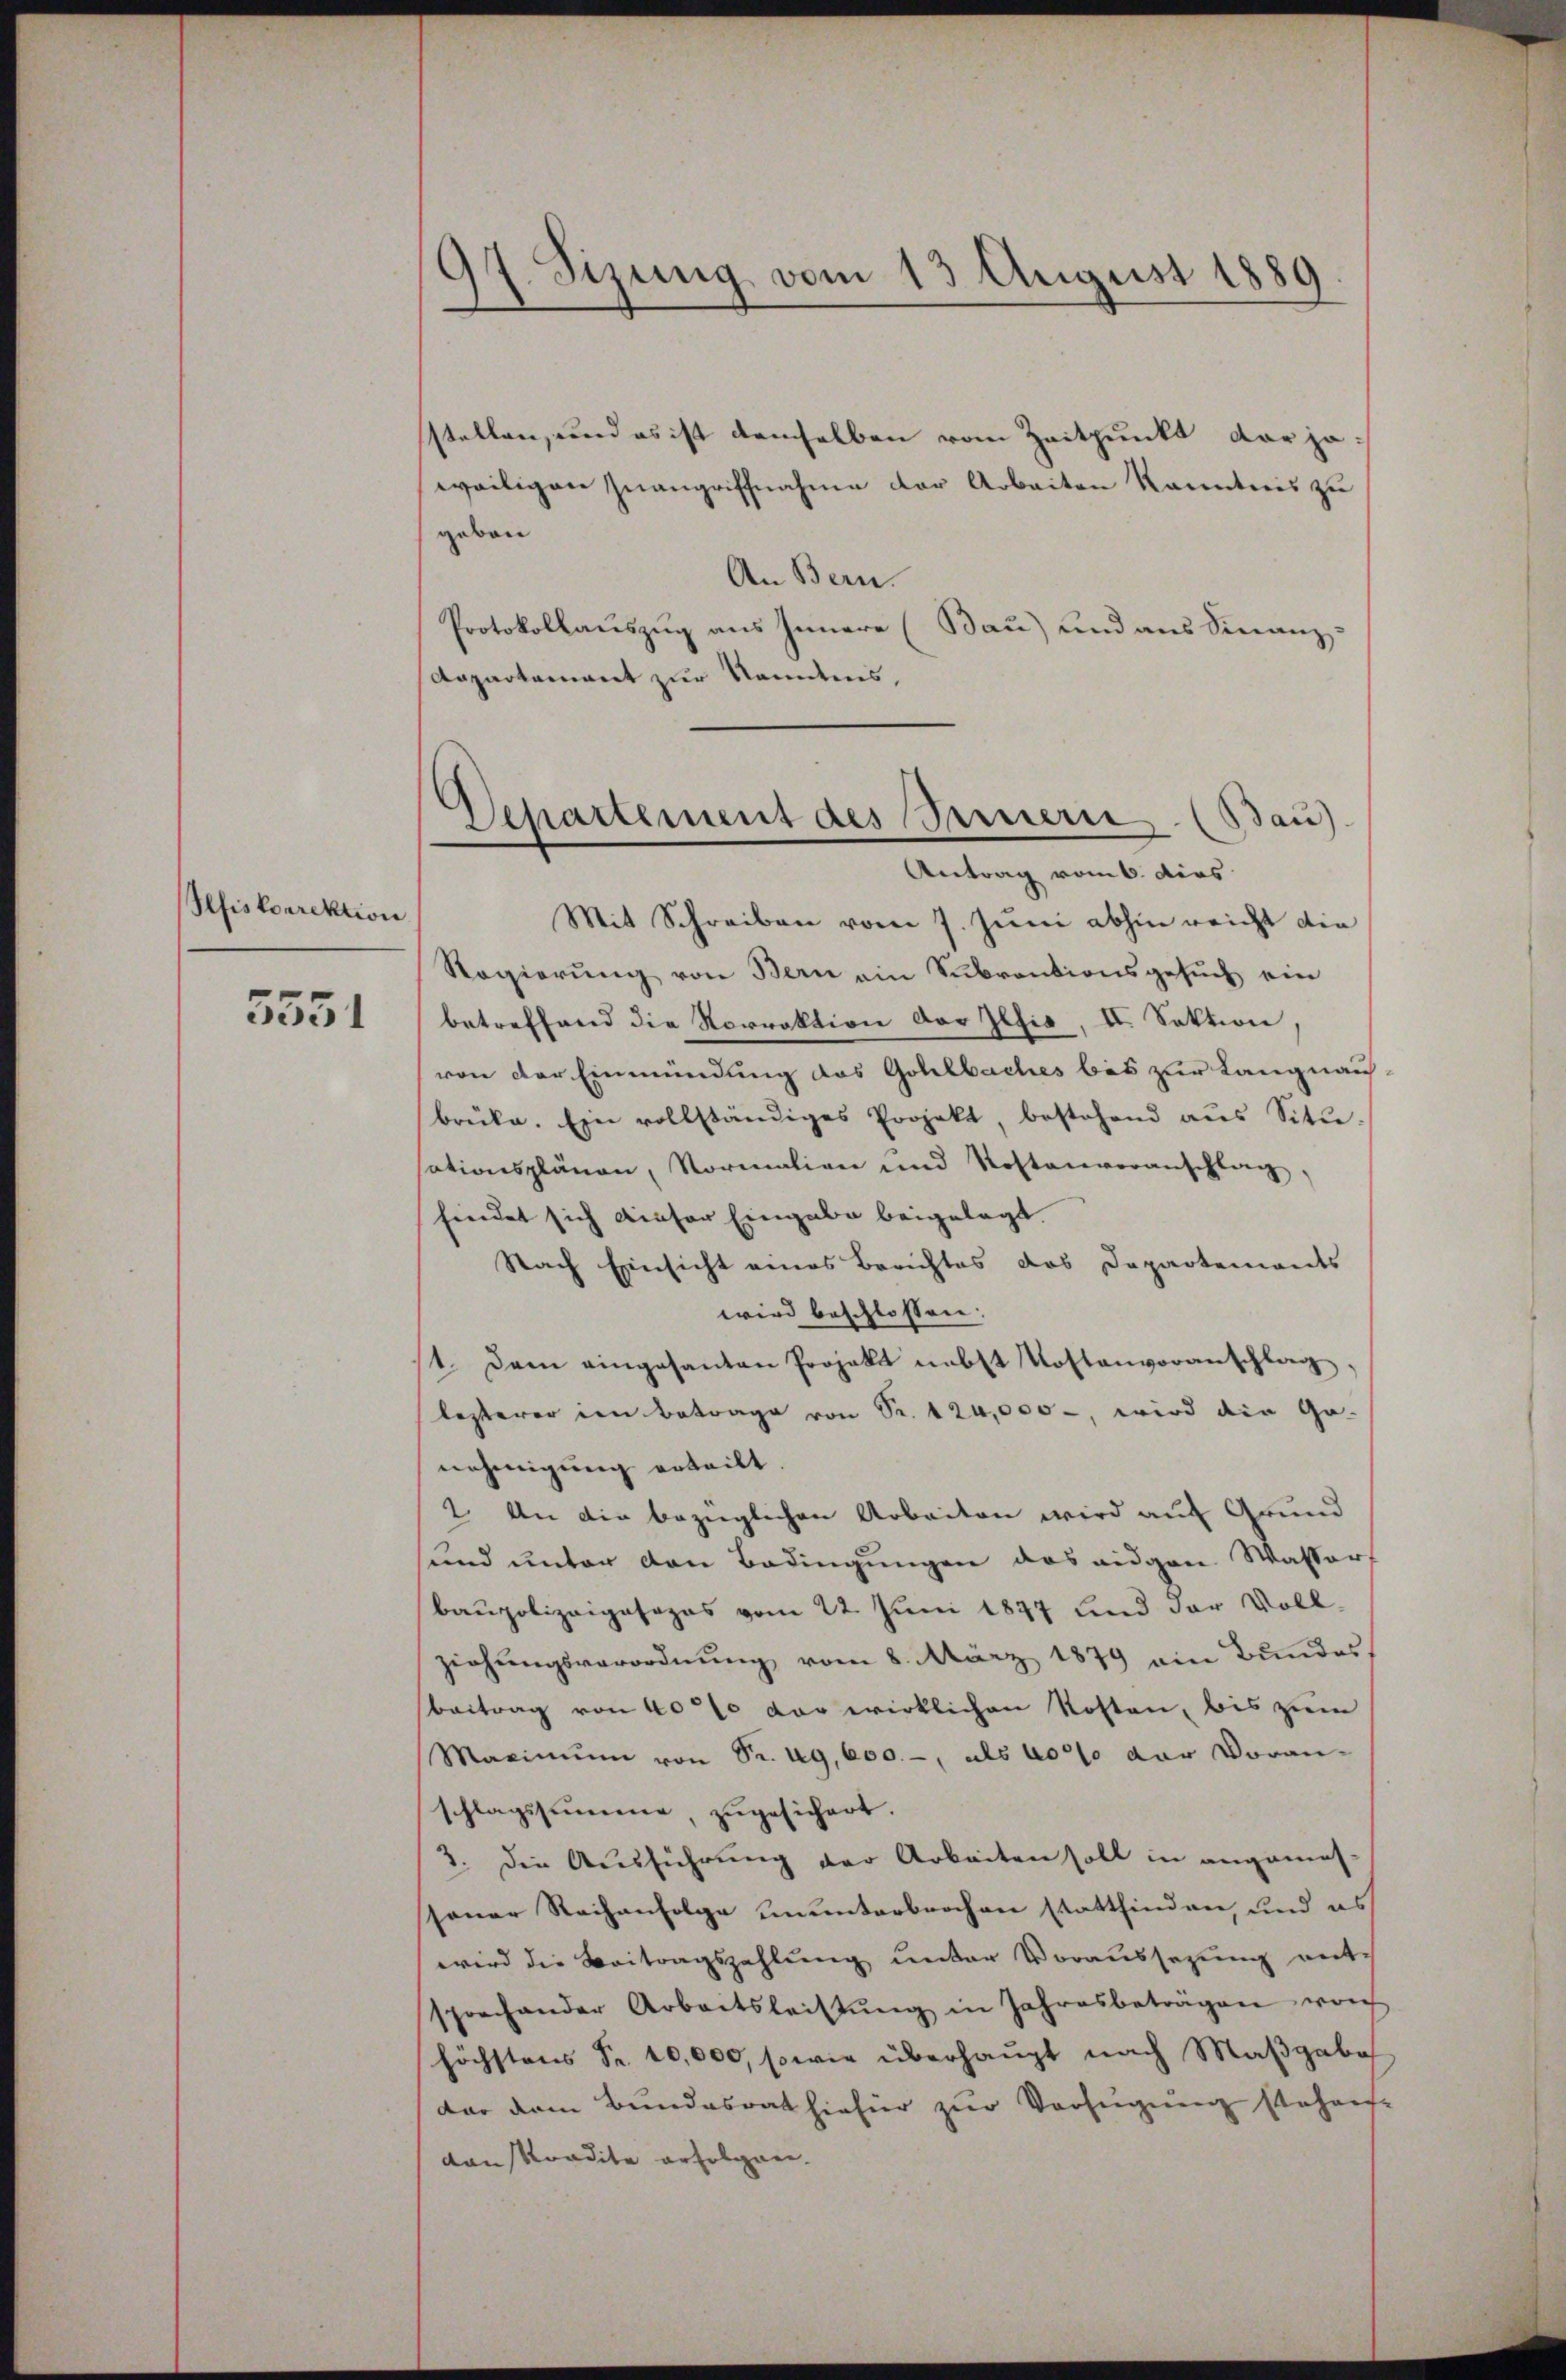
Pefiskorrektion

5551

97. Sizung vom 13 August 1889.

Separtement des Sarnern. (Bau)
Antrag vom 6. dies

stellen, und es ist demselben vom Zeitpunkt der jeweiligen Inangriffnahme der Arbeiten kanntnis zu
geben
An Bern.
Protokollauszug aus Innere (Bau) und aus Finanz:
Aapartement zur kanntnis,
Mit Schreiben vom 7. Juni abhin reicht die
Regierung von Bern ein Subventionsgesuch ein
betreffend die Norrektion der Iltis, II. Sektion,
von der Einmündung des Gohlbaches bis zur Langnau
brüke. Ein vollständiges Projekt, bestehend ans Sitŭ-
sationsplänen, Normalien und Kostenveranschlag,
findet sich dieser Eingabe beigelegt.
Nach Einsicht eines Berichtes das Departements
wird beschlossen:
1. Dann eingesanten Projekt nebst Kostenvoranschlag,
lesterer im Betrage von Sr. 124,000 -, wird die Ge-
nehmigung erteilt.
2. An die bezüglichen Arbeiten wird auf Grund
und unter den Bedingungen das eidgen. Wasser
baupolizeiposopas vom 22. Juni 1877 und der Voll-
ziehungsverordnung vom 8. März 1879 ein Bundes¬
Beitrag von 40% vor wirklichen Kosten, bis zum
Maximum von Sr. ug, 600.-, als 40% der Voranschlagssumme, zugesichert.
3. Die Ausführung der Arbeiten soll in angemes-
sener Reihenfolge ununterbrochen stattfinden, und es
wird die Beitragszahlung unter Voraussetzung entsprachander Arbeitsleistŭng in Jahresbeträgen von
höchstens Fr. 10,000, sowie überhaupt nach Maβgabes
dar dem Bundesrat hiefür zur Verfügung stehen-
vanskandite erfolgen.